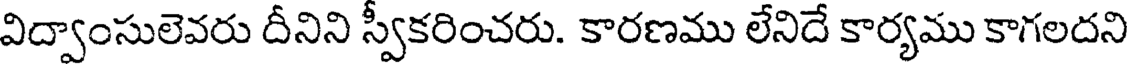
విద్వాంసులెవరు దీనిని స్వీకరించరు. కారణము లేనిదే కార్యము కాగలదని